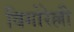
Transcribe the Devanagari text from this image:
विगोरेल्ली